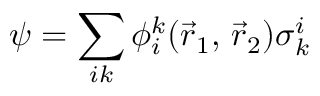
{ \boldsymbol { \psi } } = \sum _ { i k } \phi _ { i } ^ { k } ( { \vec { r } } _ { 1 } , \, { \vec { r } } _ { 2 } ) { \boldsymbol { \sigma } } _ { k } ^ { i }